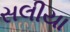
સલીયા